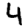
Digit: 4